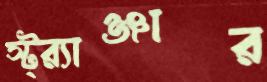
স্ট্র্যাঞ্জার